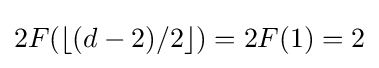
2F(\lfloor (d-2)/2\rfloor )=2F(1)=2